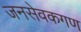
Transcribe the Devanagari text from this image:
जनसेवकगण